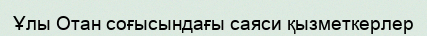
Ұлы Отан соғысындағы саяси қызметкерлер